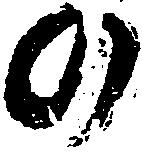
の